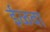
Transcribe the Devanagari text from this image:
ईळवा